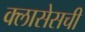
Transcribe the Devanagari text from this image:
क्लासेसची